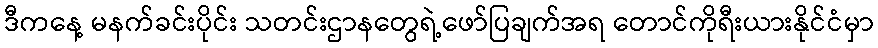
ဒီကနေ့ မနက်ခင်းပိုင်း သတင်းဌာနတွေရဲ့ဖော်ပြချက်အရ တောင်ကိုရီးယားနိုင်ငံမှာ